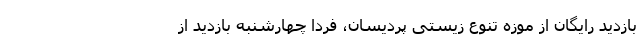
بازدید رایگان از موزه تنوع ‌زیستی پردیسان، فردا چهارشنبه بازدید از